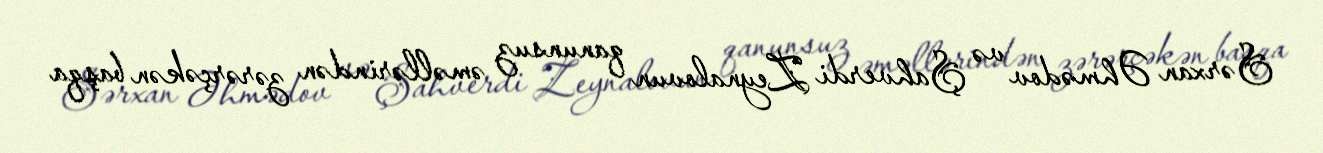
Sərxan Əhmədov və Şahverdi Zeynalovun qanunsuz əməllərindən zərərçəkən başqa